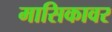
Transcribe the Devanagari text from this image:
मासिकावर